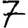
Digit: 7